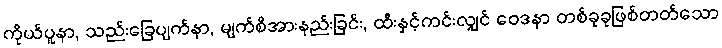
ကိုယ်ပူနာ, သည်းခြေပျက်နာ, မျက်စိအားနည်းခြင်း, ထီးနှင့်ကင်းလျှင် ဝေဒနာ တစ်ခုခုဖြစ်တတ်သော